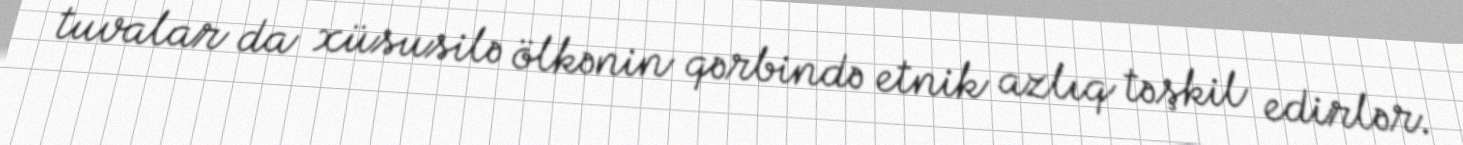
tuvalar da xüsusilə ölkənin qərbində etnik azlıq təşkil edirlər.